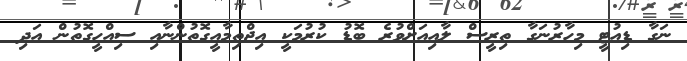
ނަގާ ޑިއުޓީ މިހާރުނަގާ ތިރީސް ލާއިއަށްވުރެ ބޮޑު ކުރުމަކީ އިޖްތިމާއީގޮތުންނާއި ސިއްހީގޮތުން އަދި